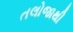
તલોજાથી